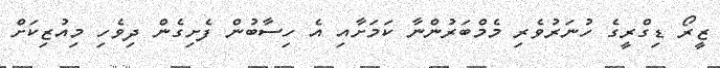
ޒީރޯ ޑިގްރީގެ ހުނަރުވެރި މެމްބަރުންނާ ކަމަށާއި އެ ހިސާބުން ފެށިގެން ދިވެހި މިއުޒިކަށް